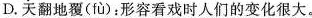
D.天翻地覆(fù):形容看戏时人们的变化很大。